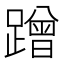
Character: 蹭